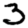
Digit: 3